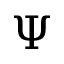
\Psi